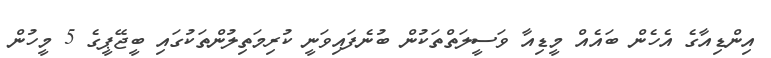
އިންޑިއާގެ އެހެން ބައެއް މީޑިއާ ވަސީލަތްތަކުން ބުނެފައިވަނީ ކުރިމަތިލުންތަކުގައި ބީޖޭޕީގެ 5 މީހުން